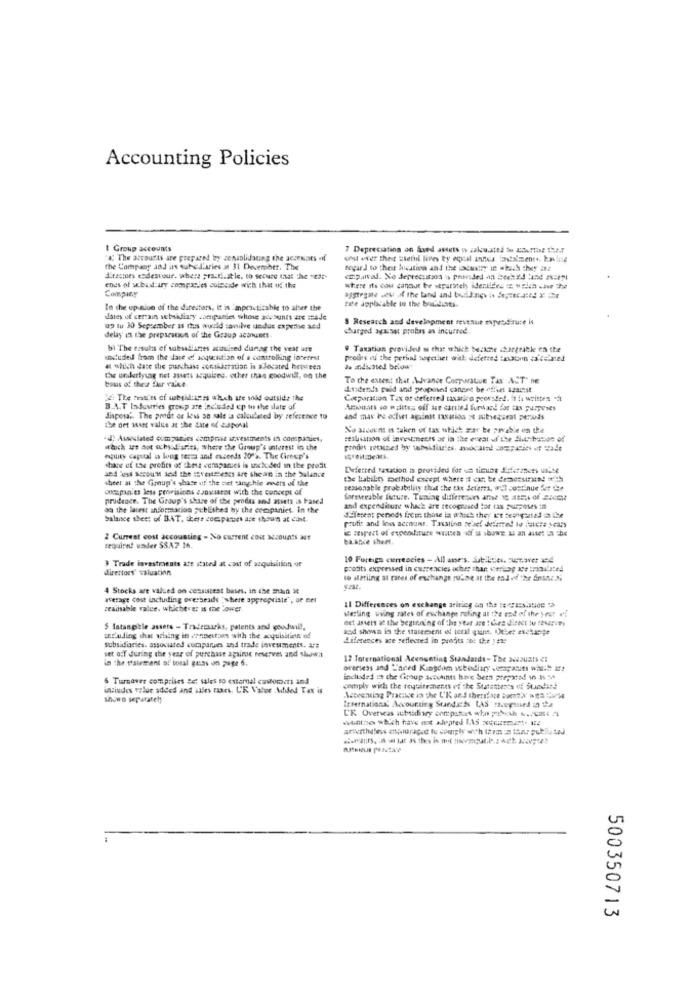
Accounting Policies
1 Group accounts
7 Depreciating on Saed amtets is calculated de albertis the .?
"a; The attourts are prepared by zensolidating the aczeniaits off
the Company and uns tubel'aries at 31 December. The
regar J to theit hication and the custhy in which they itt
Sitestoes endeavour. where practi.itle. to secure that the vedr-
ends of scbid ary compacles cuinesde with that of the
Company
where is cou cannot be separately identides iz welch -hve the
In the up nion of the direitors, it is 'mpracticable 16 alter the
tile applicable to the bra.dies.
dates of certain subsidiary companies whose accounts are made
S Research and development revenue expusd'ruse is
up tu 30 September as rus would savulve undus expeme and
sburged agausar probas as incurred.
delay in the preparation of the Group acanunes
bi The results of subsidiaries acquired dunag the yeat ure
" Taxation provided s that which bezthe chargeable en the
seduded from the date of acquisition of a controlling interest
pooGrs in the perhal sogethet with deferred :maonn ta'telined
& which dase the purchass consideration is allocated heuteen
as indicated beboer
tous of the fur raise.
the underlying net aseti acquises. other than goodwill, on the
To the extent that Advance Corporstue Tas ACT' ne
Ausdends paid and proposed canone be offset 123.984
32. The messt'es of subsidugers which are sold outside the
Corporation Tax of deferred taxarico peorsted. it fr written "ft
B.A.T Isdevries group are included up to the date of
disposal. The proat or less so sale sa calculated by reference to
and may be ochset against noation of suitegeral periods
the net asset value at the date of asporal
No account is taken of tas which zar be payable on the
"4) Aswviated companies comprise investments in companies.
sealisation of investments ar in the eveat uf the Sluttchange of
which it ant ochsod aries, where the Group's interest in the
equity capital is loog tezza and seeds 202. The Cirnep's
34 - Sou= 34 the =Evetests are she an in the balance
shane of the profits of these vchaparues is included in the profit
Deferred taxation is provided for un timing Jistefanens uite
sheer at the Group's share of the piet tang-hle avers of the
onespan'es less provisions asovmeet with the concept of
sessonable probability that the tax Setarra, will continue for the
prudence. The Group's share of the produs and atiets is based
Sareireable future. Tuning dulerensors any 1C AREA of SEct
as the latest information published by the companies. In the
and expenditure which are recognused for tax purposes im
balance sheet of BAT, there companies are shown at cont.
differen: peneds focir. those in which they I't teapasted in the
profit and loss account. Taxation se'sef deiere! Io isters years
ig mpest of expenditure witten off is showe & an asset in the
2 Current cost accounting - No current coi accounts at
ba.ance shert.
required wander $SA7 16.
3 Trade investments ate stated at cost of acquisition of
10 Foreign currencies - All anses. Sibilities. tustaver 14
direttore valuation
poocits expressed in currencies other than seraop 19e :roulotes
10 sterling at rates of exchange rubbe at the end of the Anine Si
4 Stocks are valued on cessistest bases, in the snad Me
werage cost including overheads "where appropriate" , or net
zeausable valee. whichever is the power
Merling wiing rates of exchange ofing at the sad of the year w!
11 Differences on exchange ariting an the ##erzESistog ta
det assets at the beginning of the year are : Quea direct bu farves
$ Intangible assets - Trademarks, patents and youwill,
aad shown la the statement of ten! quint. Dihet exchange
uEluding that whing in zensentpas with the acquisition of
diferences are reflected in proits :be the yete
subsidiaries. associated cumparses and trade invesments. ##
in the paiement of total gass on page 6.
set off during the year of purchase against reserves and showa
12 Toternational Acenunting Standards- The Seabusti CI
orersess and "ared Kingdom schedine -onpaues what If2
6 Turnover comprises se: sales to external customers and
included in the Group accuhints have beth prepatad in is. 5*
intiudes value added and sales taxes. UK Valor Added Tax is
comply with the tousitranents of the Statements of Standard
shown separate !;
Aoventing Practice in the L'K and thereare Born"X *
International Accounting SuedEN LAS theyused in the
L'K Overseas subsidiary ormpasset who proch ... U. A
wwuntises which have me alepred I.AS xquiremart. 12
500350713